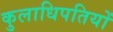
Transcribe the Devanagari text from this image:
कुलाधिपतियों